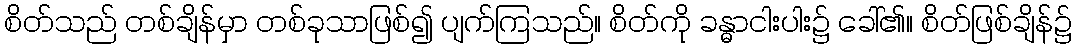
စိတ်သည် တစ်ချိန်မှာ တစ်ခုသာဖြစ်၍ ပျက်ကြသည်။ စိတ်ကို ခန္ဓာငါးပါး၌ ခေါ်၏။ စိတ်ဖြစ်ချိန်၌